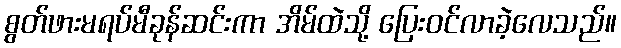
စွတ်ဖားမရပ်မီခုန်ဆင်းကာ အိမ်ထဲသို့ ပြေးဝင်လာခဲ့လေသည်။